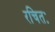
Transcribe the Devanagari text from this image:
रचितः